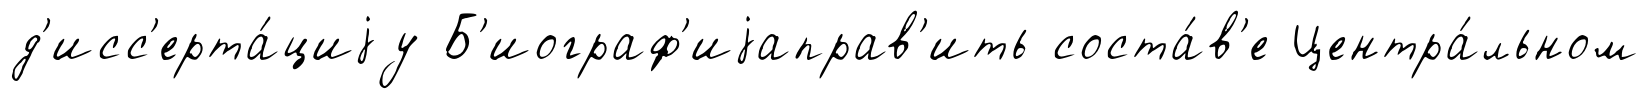
д'исс'ерта́циjу Б'иограф'иjаправ'ить соста́в'е Центра́льном